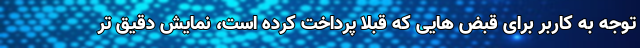
توجه به کاربر برای قبض هایی که قبلا پرداخت کرده است، نمایش دقیق تر